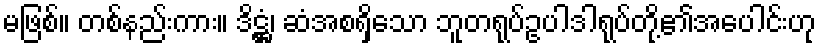
မဖြစ်။ တစ်နည်းကား။ ဒိဋ္ဌံ၊ ဆံအစရှိသော ဘူတရုပ်ဥပါဒါရုပ်တို့၏အပေါင်းဟု